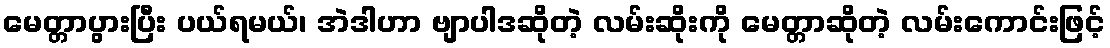
မေတ္တာပွားပြီး ပယ်ရမယ်၊ အဲဒါဟာ ဗျာပါဒဆိုတဲ့ လမ်းဆိုးကို မေတ္တာဆိုတဲ့ လမ်းကောင်းဖြင့်